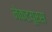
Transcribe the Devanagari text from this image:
नेकटयूरस